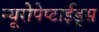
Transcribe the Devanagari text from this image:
न्यूरोपेप्टाईड्स